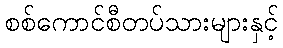
စစ်ကောင်စီတပ်သားများနှင့်